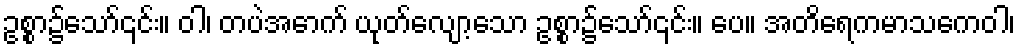
ဥစ္စာ၌သော်၎င်း။ ဝါ၊ တပဲအောက် ယုတ်လျော့သော ဥစ္စာ၌သော်၎င်း။ ပေ။ အတိရေကမာသကေဝါ၊